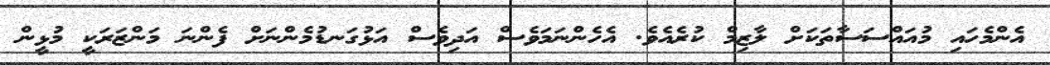
އެންމެހައި މުއައްސަސާތަކަށް ލާޒިމް ކުރެއެވެ. އެހެންނަމަވެސް އަދިވެސް އަޅުގަނޑުމެންނަށް ފެންނަ މަންޒަރަކީ މުޅީން